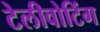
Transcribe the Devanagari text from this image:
टेलीवोटिंग